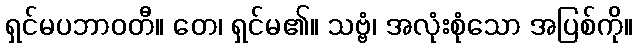
ရှင်မပဘာဝတီ။ တေ၊ ရှင်မ၏။ သဗ္ဗံ၊ အလုံးစုံသော အပြစ်ကို။